Document type: Pledge
Year: 1265
Scribe: Pere Marc
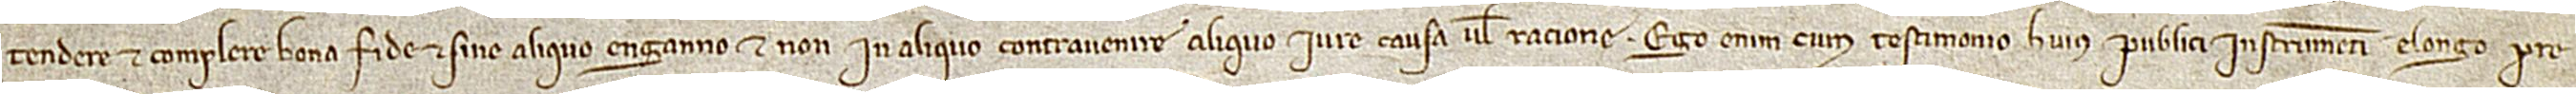
tendere et complere bona fide et sine aliquo enganno, et non in aliquo contravenire aliquo iure, causa vel ratione. Ego enim cum testimonio huius publici instrumenti elongo pre-